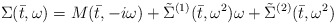
\begin{align*}\Sigma(\bar{t},\omega) = M(\bar{t},-i\omega) +\tilde{\Sigma}^{(1)}(\bar{t},\omega^2)\omega +\tilde{\Sigma}^{(2)}(\bar{t}, \omega^2) \end{align*}